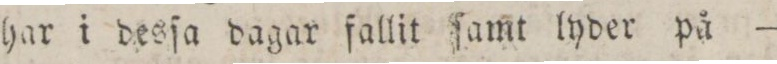
har i desſa dagar fallit ſamt lyder på —